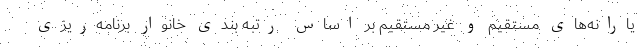
یارانه‌های مستقیم و غیر مستقیم بر اساس رتبه بندی خانوار برنامه‌ریزی